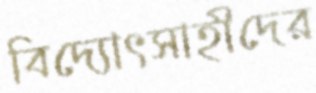
বিদ্যোৎসাহীদের